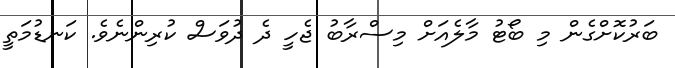
ބަރުކޮށްގެން މި ބޯޓު މާލެއަށް މިސްރާބު ޖެހީ ދެ ދުވަސް ކުރިންނެވެ. ކަނޑުމަތީ